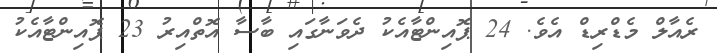
ރެއާލް މެޑްރިޑް އެވެ. 24 ޕޮއިންޓާއެކު ދެވަނާގައި ބާސާ އޮތްއިރު 23 ޕޮއިންޓާއެކު